Studies on the mouth parts a Comparative anatomy of the proboscis in the blood-sucking muscidae - Number 60
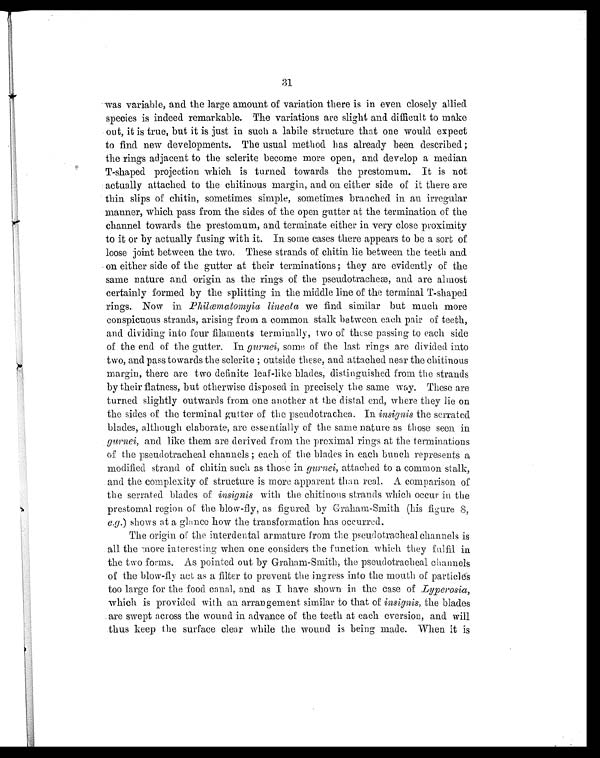
31
- was variable, and the large amount of variation there is in even closely allied
species is indeed remarkable. The variations are slight and. difficult to make
out, it is true, but it is just in such a labile structure that one would expect
to find new developments. The usual method has already been described;
the rings adjacent to the sclerite become more open, and develop a median
T-shaped projection which is turned towards the prestomum. It is not
:actually attached to the chitinous margin, and on either side of it there are
thin slips of chitin, sometimes simple, sometimes branched in au irregular
manner, which pass from the sides of the open gutter at the termination of the
channel towards the prestomum, and terminate either in very close proximity
to it or by actually fusing with it. In some cases there appears to be a sort of
loose joint between the two. These strands of chitin lie between the teeth and.
on either side of the gutter at their terminations; they are evidently of the
same nature and origin as the rings of the pseudotracheæ, and are almost
certainly formed by the splitting in the middle line of the terminal T-shaped.
rings. Now in Philæmatomyia lineata we find similar but much more
conspicuous strands, arising from a common stalk between each pair of teeth,
and dividing into four filaments terminally, two of these passing to each side
of the end of the gutter. In gurnei, some of the last rings are divided into
two, and pass towards the sclerite ; outside these, and attached near the chitinous
margin, there are two definite leaf-like blades, distinguished from the strands
by their flatness, but otherwise disposed in precisely the same way. These are
turned slightly outwards from one another at the distal end, where they lie on
the sides of the terminal gutter of the pseudotrachea. In insignis the serrated
blades, although elaborate, are essentially of the same nature as those seen in
gurnei, and like them are derived from the proximal rings at the terminations
of the pseudotracheal channels ; each of the blades in each bunch represents a
modified strand of chitin such as those in gnrnei, attached to a common stalk,
and the complexity of structure is more apparent than real. A comparison of
the serrated blades of insignis with the chitinous strands which occur in the
prestomal region of the blow-fly, as figured by Graham-Smith (his figure 8,
e.g.) shows at a glance how the transformation has occurred.
The origin of the interdental armature from the pseudotracheal channels is
all the more interesting when one considers the function which they fulfil in
the two forms. As pointed out by Graham-Smith, the pseudotracheal channels
of the blow-fly act as a filter to prevent the ingress into the mouth of particles
too large for the food canal, and as I have shown in the case of L yperosia,
which is provided with an arrangement similar to that of insignis, the blades
are swept across the wound in advance of the teeth at each eversion, and will
thus keep the surface clear while the wound is being made. When it is